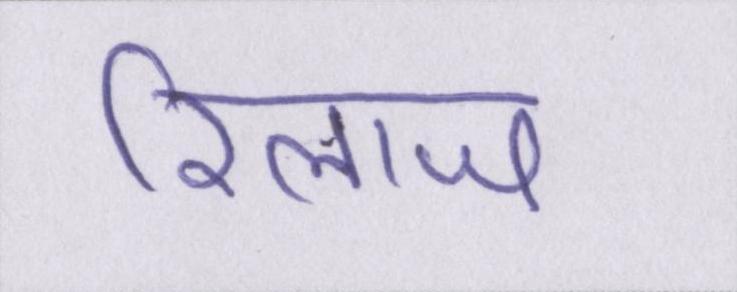
रिलाज